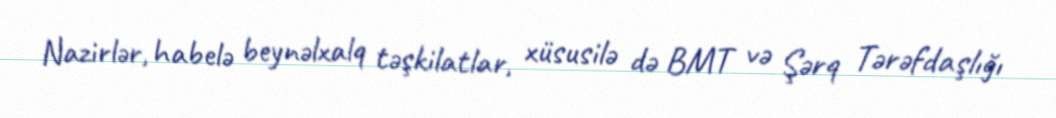
Nazirlər, habelə beynəlxalq təşkilatlar, xüsusilə də BMT və Şərq Tərəfdaşlığı